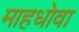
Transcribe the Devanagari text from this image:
माहधोवा